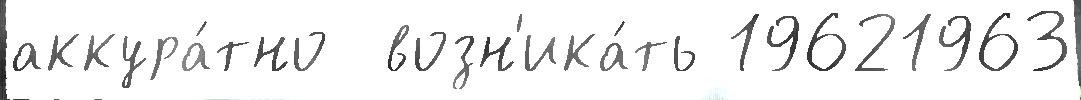
аккура́тно  возн'ика́ть 19621963